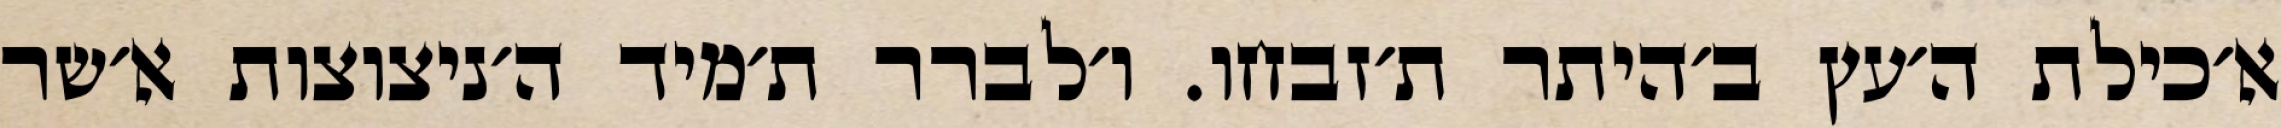
א׳כילת ה׳עץ ב׳היתר ת׳זבחו. ו׳לברר ת׳מיד ה׳ניצוצות א׳שר